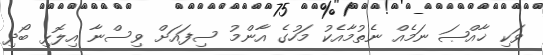
ވަކި ޚާއްޞަ ނަމެއް ނެތުމާއެކު މަހުގެ އާންމު ސިފައަށް ވިސްނާ އިލޮޅި ބޯދި